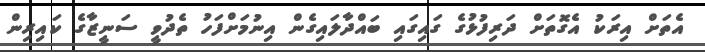
އެތަށް އިރަކު އެގޮތަށް ދަރިފުޅުގެ ގައިގައިި ބައްދާލައިގެން އިނުމަށްފަހު ތެދުވީ ސަނީޒާގެ ކައިރިން